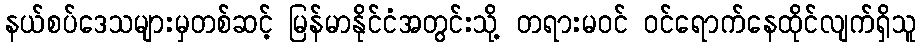
နယ်စပ်ဒေသများမှတစ်ဆင့် မြန်မာနိုင်ငံအတွင်းသို့ တရားမဝင် ဝင်ရောက်နေထိုင်လျက်ရှိသူ